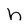
Character: h